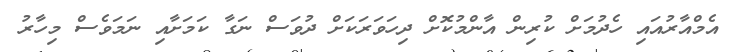
އެމްއާރުއައި ހެދުމަށް ކުރިން އާންމުކޮށް ދިހަވަރަކަށް ދުވަސް ނަގާ ކަމަށާއި ނަމަވެސް މިހާރު